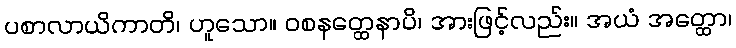
ပစာလာယိကာတိ၊ ဟူသော။ ဝစနတ္ထေနာပိ၊ အားဖြင့်လည်း။ အယံ အတ္ထော၊